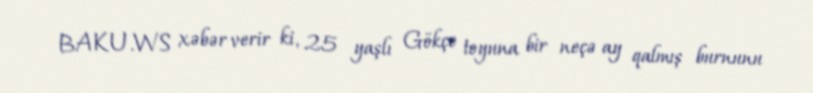
BAKU.WS xəbər verir ki, 25 yaşlı Gökçe toyuna bir neçə ay qalmış burnunu